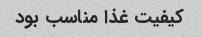
کیفیت غذا مناسب بود